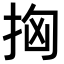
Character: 𢫤